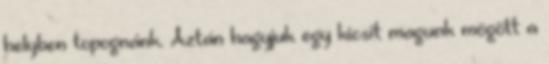
helyben topognánk. Aztán hagyjuk egy kicsit magunk mögött a